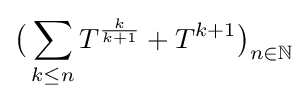
{\big (}\sum \limits _{k\leq n}T^{\frac {k}{k+1}}+T^{k+1}{\big )}_{n\in \mathbb {N} }